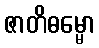
ဇာတိဓမ္မော